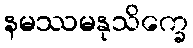
နမဿမနုသိက္ခေ